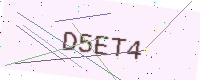
Text: D5ET4